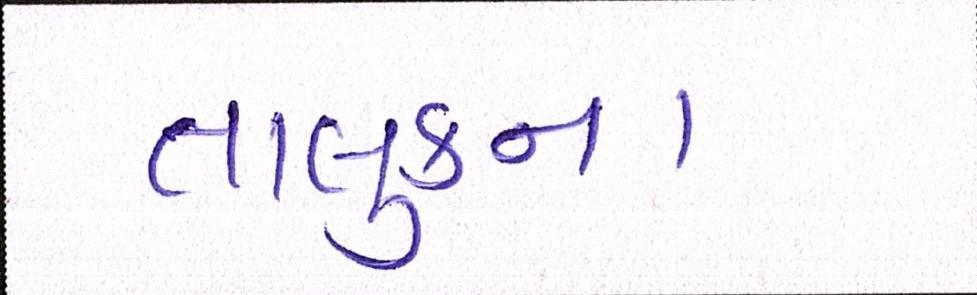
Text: તાલુકાના